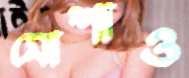
মোশাও